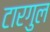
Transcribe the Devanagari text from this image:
टारगुल